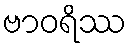
ဗာဝရိဿ